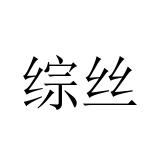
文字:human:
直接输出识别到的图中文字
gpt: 综丝